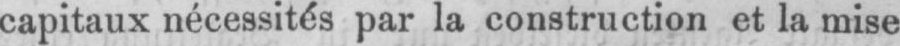
capitaux nécessités par la construction et la mise